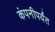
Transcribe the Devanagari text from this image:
कंपनीपर्यंत